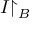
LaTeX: I { \upharpoonright _ { B } }